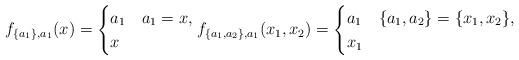
LaTeX: \begin{align*}f_{\{a_1\},a_1}(x)=\begin{cases}a_1 & a_1=x,\\x & \end{cases} f_{\{a_1,a_2\},a_1}(x_1,x_2)=\begin{cases}a_1 & \{a_1,a_2\}=\{x_1,x_2\},\\x_1 & \end{cases}\end{align*}